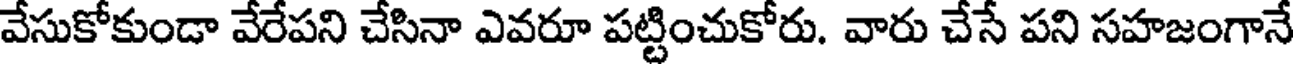
వేసుకోకుండా వేరేపని చేసినా ఎవరూ పట్టించుకోరు. వారు చేసే పని సహజంగానే